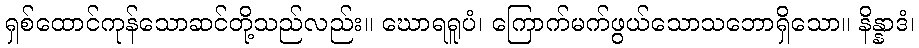
ရှစ်ထောင်ကုန်သောဆင်တို့သည်လည်း။ ဃောရရူပံ၊ ကြောက်မက်ဖွယ်သောသဘောရှိသော။ နိန္နာဒံ၊